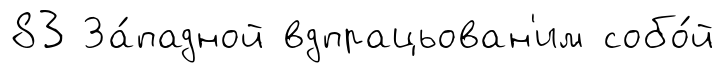
83 За́падной вдпрацьован'им собо́й